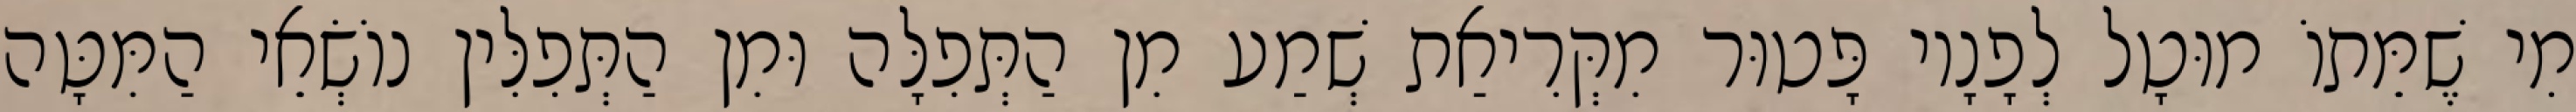
מִי שֶׁמֵּתוֹ מוּטָל לְפָנָיו פָּטוּר מִקְּרִיאַת שְׁמַע מִן הַתְּפִלָּה וּמִן הַתְּפִלִּין נוֹשְׂאֵי הַמִּטָּה